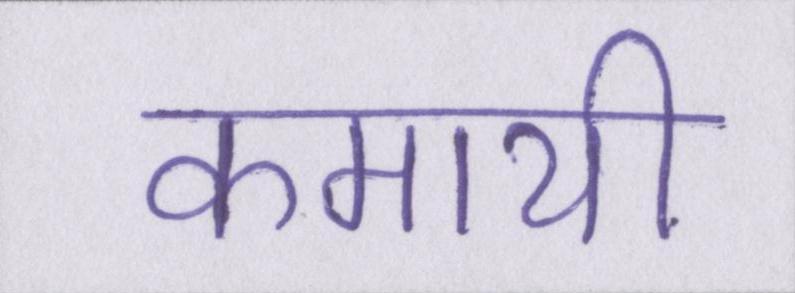
कमायी